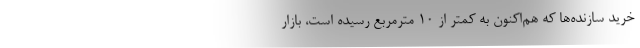
خرید سازنده‌ها که هم‌اکنون به کمتر از ۱۰ مترمربع رسیده است، بازار